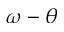
\omega - \theta